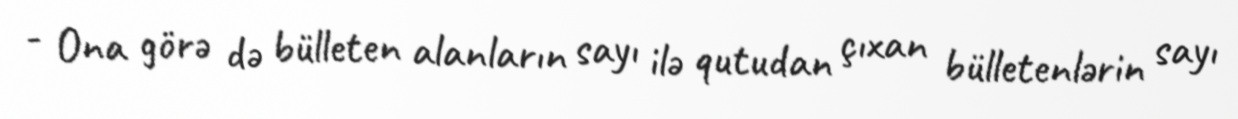
- Ona görə də bülleten alanların sayı ilə qutudan çıxan bülletenlərin sayı